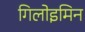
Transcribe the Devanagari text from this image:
गिलोइमिन